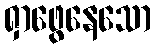
ရှာဖွေနေသော